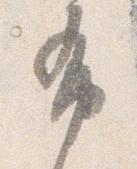
布